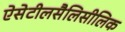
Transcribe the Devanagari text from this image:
ऐसेटीलसैलिसीलिक